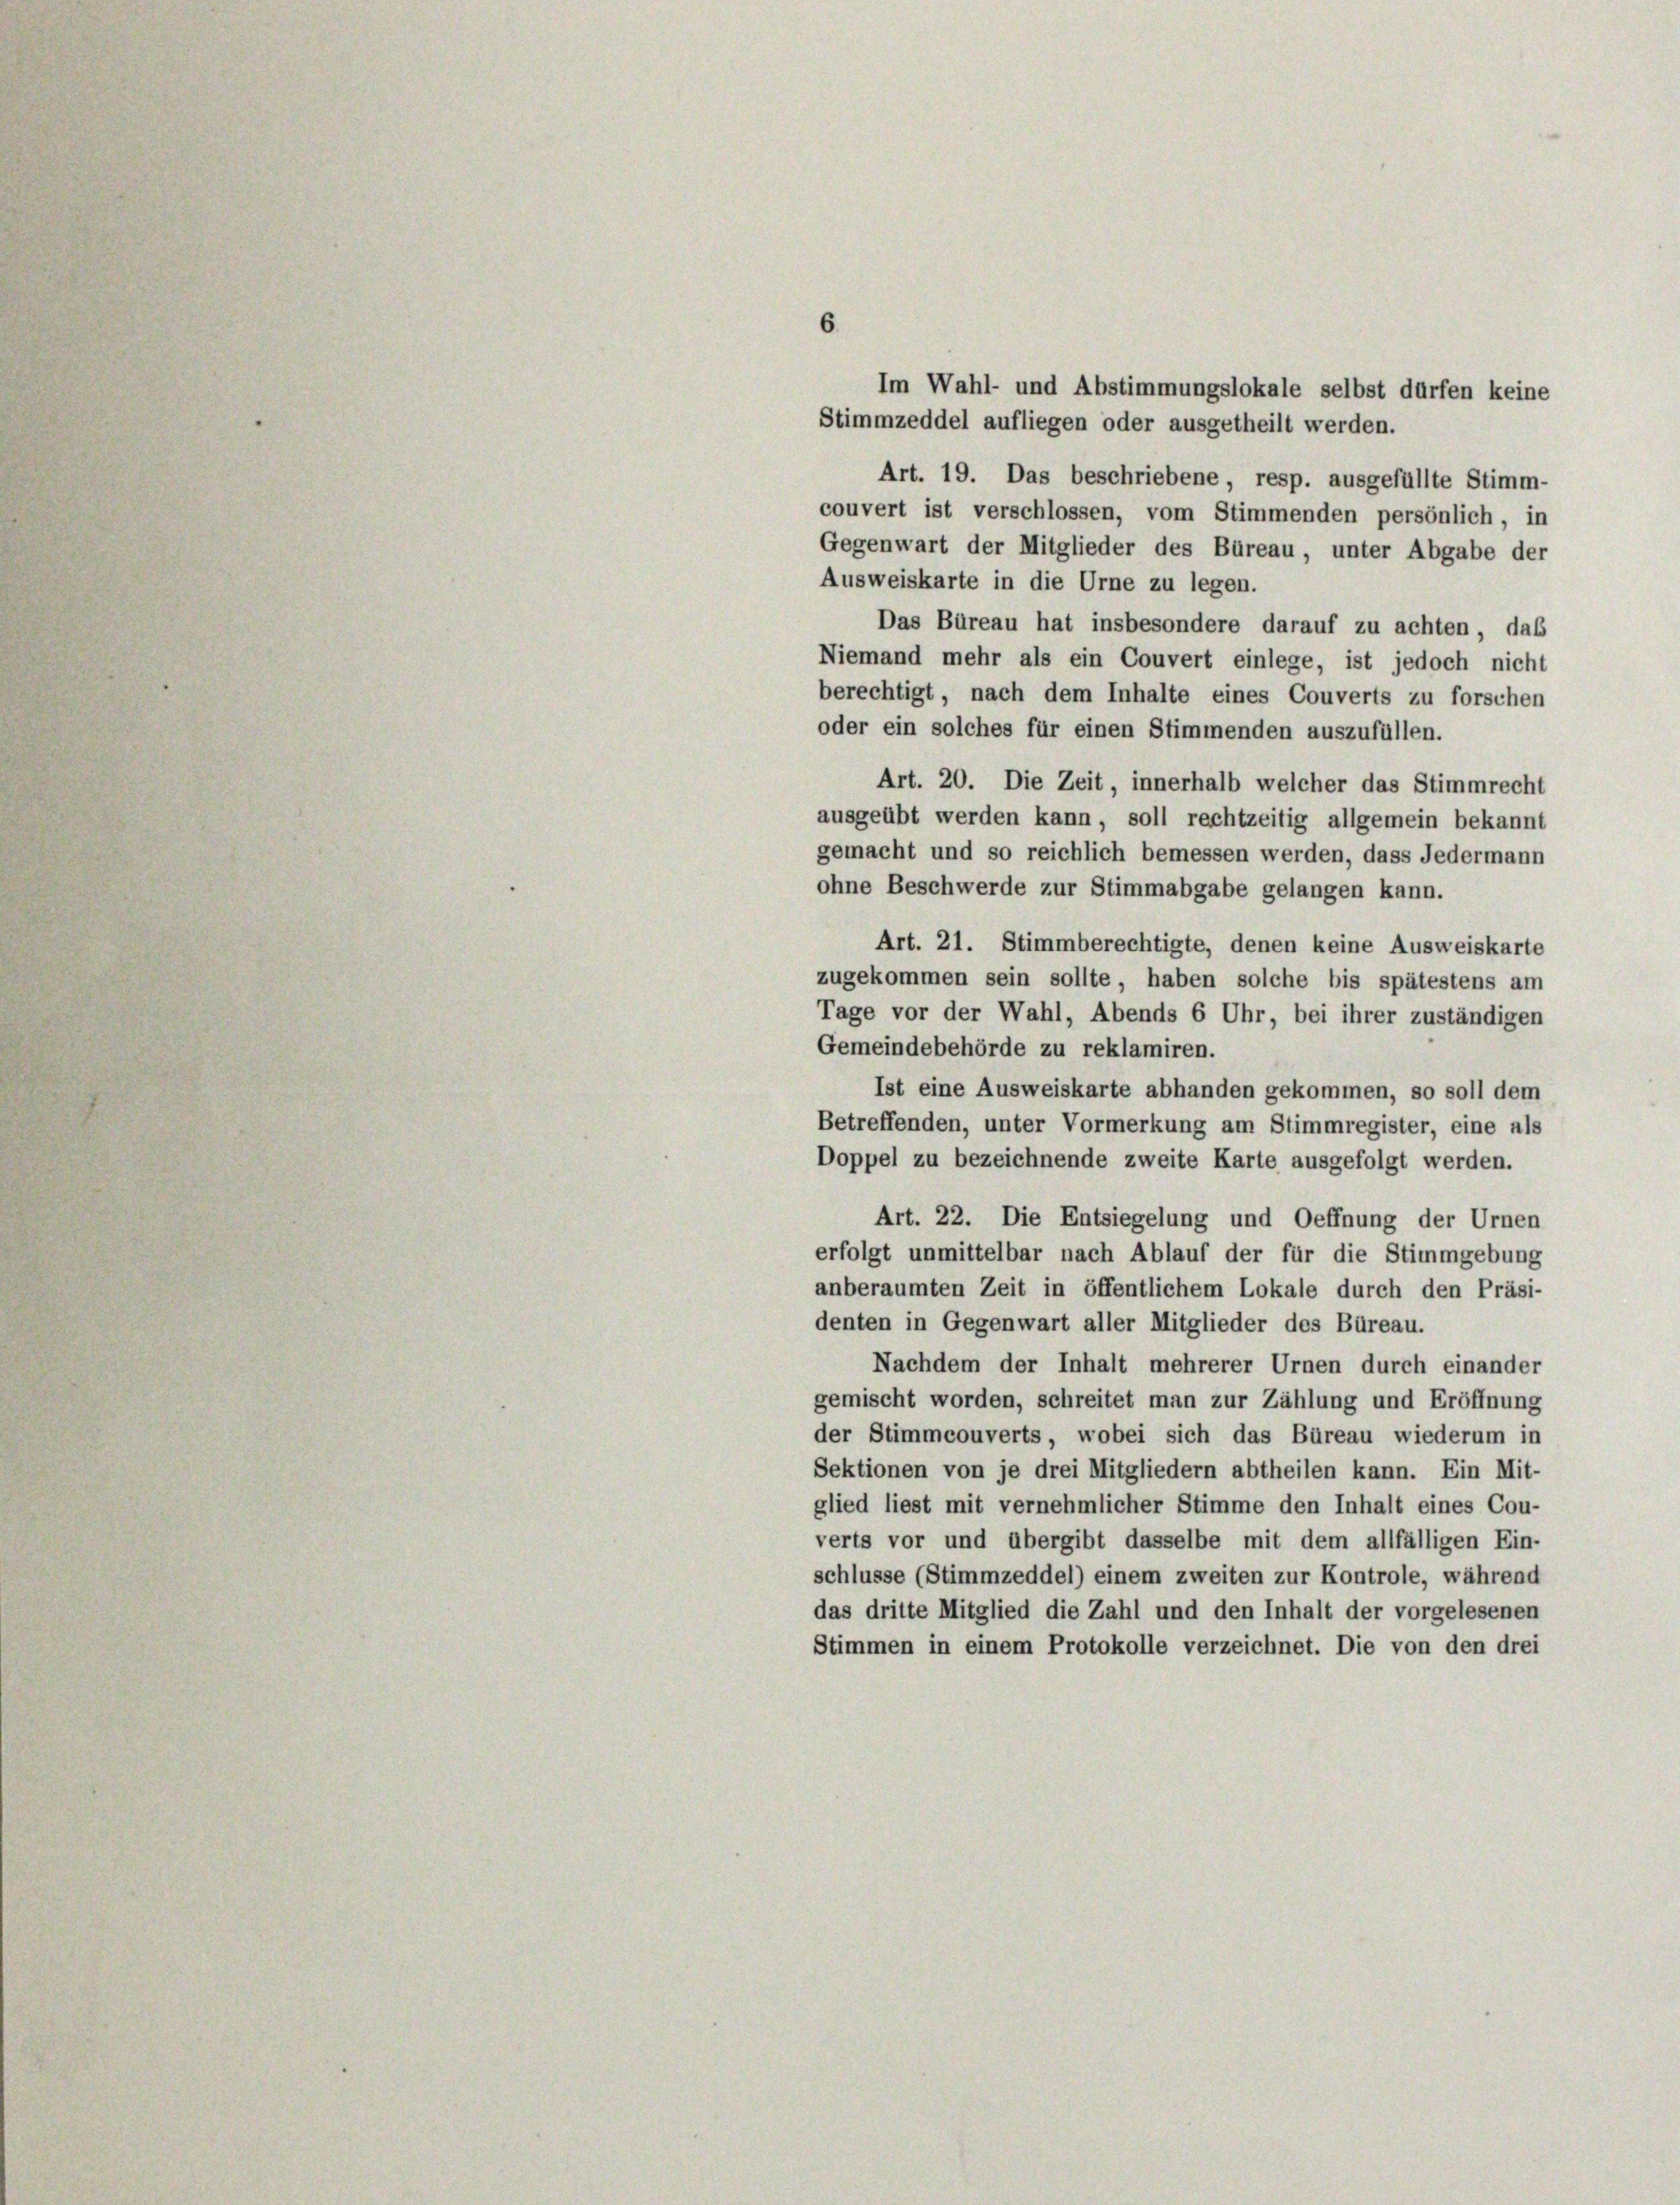
Im Wahl- und Abstimmungslokale selbst dürfen keine
Stimmzeddel aufliegen oder ausgetheilt werden.
Art. 19. Das beschriebene, resp. ausgefüllte Stimm-
couvert ist verschlossen, vom Stimmenden persönlich, in
Gegenwart der Mitglieder des Büreau, unter Abgabe der
Ausweiskarte in die Urne zu legen.
Das Büreau hat insbesondere darauf zu achten, das
Niemand mehr als ein Couvert einlege, ist jedoch nicht
berechtigt, nach dem Inhalte eines Couverts zu forschen
oder ein solches für einen Stimmenden auszufüllen.
Art. 20. Die Zeit, innerhalb welcher das Stimmrecht
ausgeübt werden kann, soll rechtzeitig allgemein bekannt
gemacht und so reichlich bemessen werden, dass Jedermann
ohne Beschwerde zur Stimmabgabe gelangen kann.
Art. 21. Stimmberechtigte, denen keine Ausweiskarte
zugekommen sein sollte, haben solche bis spätestens am
Tage vor der Wahl, Abends 6 Uhr, bei ihrer zuständigen
Gemeindebehörde zu reklamiren.
Ist eine Ausweiskarte abhanden gekommen, so soll dem
Betreffenden, unter Vormerkung am Stimmregister, eine als
Doppel zu bezeichnende zweite Karte ausgefolgt werden.
Art. 22. Die Entsiegelung und Oeffnung der Urnen
erfolgt unmittelbar nach Ablauf der für die Stimmgebung
anberaumten Zeit in öffentlichem Lokale durch den Präsi-
denten in Gegenwart aller Mitglieder des Büreau.
Nachdem der Inhalt mehrerer Urnen durch einander
gemischt worden, schreitet man zur Zählung und Eröffnung
der Stimmcouverts, wobei sich das Büreau wiederum in
Sektionen von je drei Mitgliedern abtheilen kann. Ein Mit-
glied liest mit vernehmlicher Stimme den Inhalt eines Cou-
verts vor und übergibt dasselbe mit dem allfälligen Ein-
schlüsse (Stimmzeddel) einem zweiten zur Kontrole, während
das dritte Mitglied die Zahl und den Inhalt der vorgelesenen
Stimmen in einem Protokolle verzeichnet. Die von den drei

6